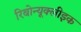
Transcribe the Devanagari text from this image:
रिबोन्यूक्लीइक